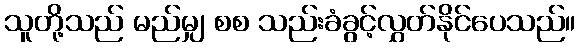
သူတို့သည် မည်မျှ စစ သည်းခံခွင့်လွှတ်နိုင်ပေသည်။